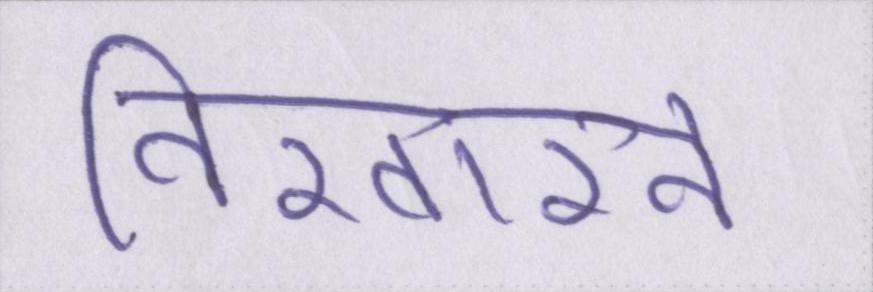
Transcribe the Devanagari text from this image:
निखारने